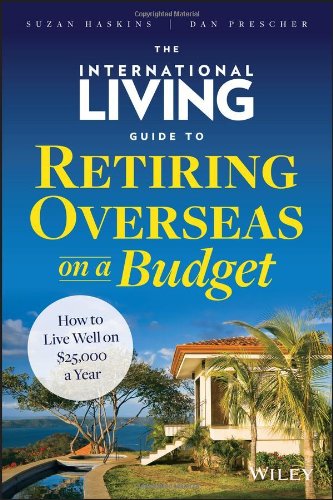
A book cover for The International Living Guide to Retiring Overseas on a Budget: How to Live Well on $25,000 a Year; Suzan Haskins; Business & Money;